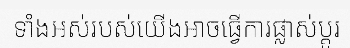
ទាំងអស់របស់យើងអាចធ្វើការផ្លាស់ប្តូរ